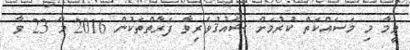
ވީމާ މި މަސައްކަތް ކުރުމަށް ޝައުޤުވެރިވާ ފަރާތްތަކުން 2016 މޭ 23 ވާ